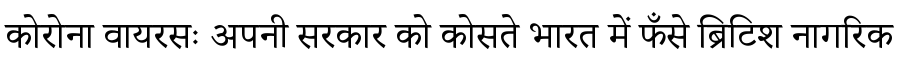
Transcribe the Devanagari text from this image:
कोरोना वायरसः अपनी सरकार को कोसते भारत में फँसे ब्रिटिश नागरिक